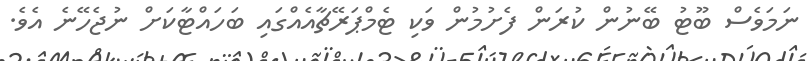
ނަމަވެސް ބޫޓު ބޭނުން ކުރަން ފެށުމުން ވަކި ޓެމްޕަރޭޗާއެއްގައި ބަހައްޓާކަށް ނުޖެހޭނެ އެވެ.